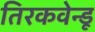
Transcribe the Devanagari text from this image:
तिरकवेन्डू